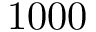
1 0 0 0